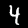
Label: 4